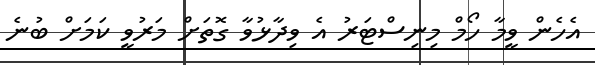
އެހެން ވީމާ ހޯމް މިނިސްޓަރު އެ ވިދާޅުވާ ގޮތަށް މަރުވީ ކަމަށް ބުނެ